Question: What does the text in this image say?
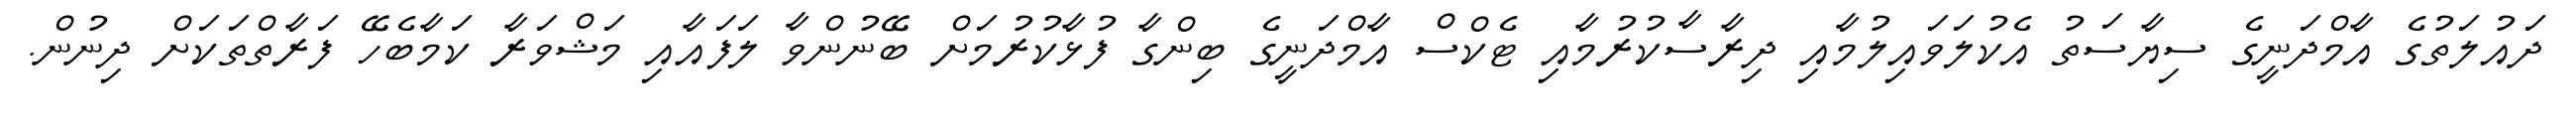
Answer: ދައުލަތުގެ އާމްދަނީގެ ސިޔާސަތު އެކުލަވައިލުމާއި ދިރާސާކުރުމާއި ޓެކްސް އާމްދަނީގެ ބިންގާ ފުޅާކުރުމަށް ބޭނުންވާ ލަފައާއި މަޝްވަރާ ކަމާބެހޭ ފަރާތްތަކަށް ދިނުން.